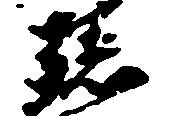
孫